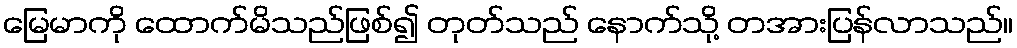
မြေမာကို ထောက်မိသည်ဖြစ်၍ တုတ်သည် နောက်သို့ တအားပြန်လာသည်။